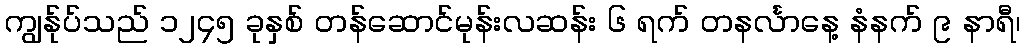
ကျွန်ုပ်သည် ၁၂၄၅ ခုနှစ် တန်ဆောင်မုန်းလဆန်း ၆ ရက် တနင်္လာနေ့ နံနက် ၉ နာရီ၊